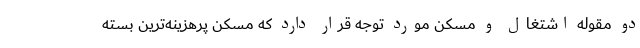
دو مقوله اشتغال و مسکن مورد توجه قرار دارد که مسکن پرهزینه‌ترین بسته